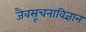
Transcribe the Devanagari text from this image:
जैवसूचनाविज्ञान